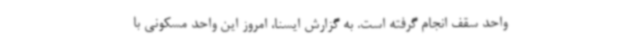
واحد سقف انجام گرفته است. به گزارش ایسنا، امروز این واحد مسکونی با